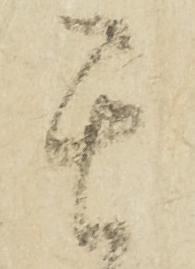
其